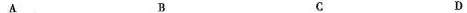
A B C D